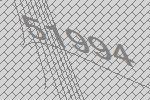
51994